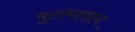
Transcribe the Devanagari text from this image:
मूलभासाय